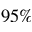
9 5 \%